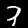
Digit: 7